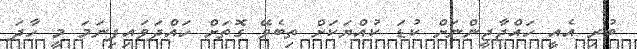
ބުރި އެއީ ހައްޖާޖީންނަށް ކުޑަ ކުއްޔަކަށް ތިބެވޭ ގޮތަށް ހައްދަވައިފިނަމަ މީ ހާދަ